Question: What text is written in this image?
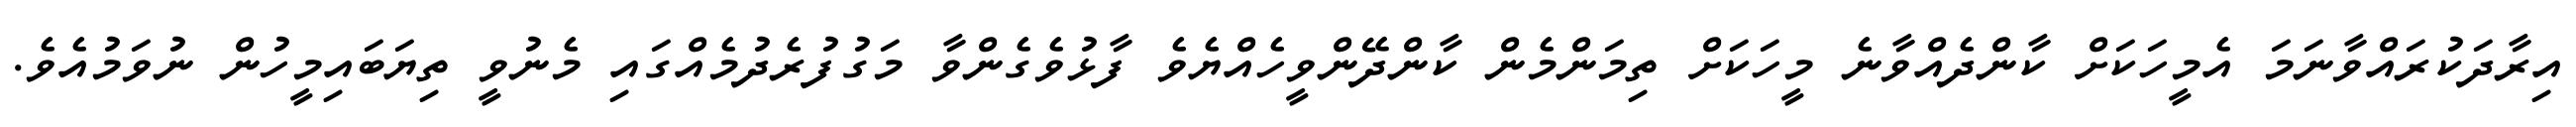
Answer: އިރާދަކުރައްވާނަމަ އެމީހަކަށް ކާންދެއްވާނެ މީހަކަށް ތިމަންމެން ކާންދޭންވީހެއްޔެވެ ފާޅުވެގެންވާ މަގުފުރެދުމެއްގައި މެނުވީ ތިޔަބައިމީހުން ނުވަމުއެވެ.